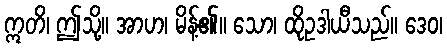
ဣတိ၊ ဤသို့။ အာဟ၊ မိန့်၏။ သော၊ ထိုဥဒါယီသည်။ ဒေဝ၊